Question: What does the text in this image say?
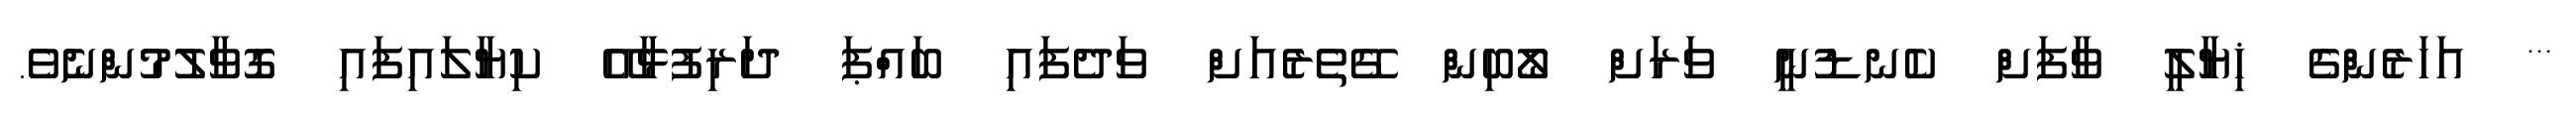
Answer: *** އަހަރެންގެ ޚިޔާލީ ވާފަށް ކެނޑުނީ ވަރަށް ލޯބިން ގޭތެރެއަށް ވަދެފައި ބައްޕަ ދަރިފުޅާއޭ ކިޔާލައިފައި ގޮވާލުމުންނެވެ.